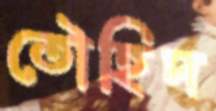
তৌহিদ